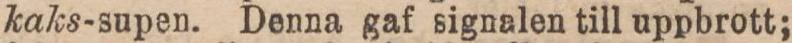
kaks-supen. Denna gaf signalen till uppbrott;